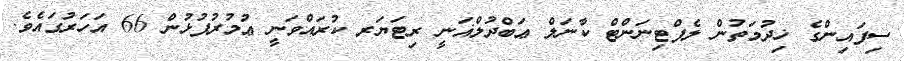
ސިފައިންގެ ޚިދުމަތުން ލެފްޓިނަންޓް ކާނަލް ޢަބްދުލްޣަނީ ރިޓަޔަރ ކުރައްވަނީ ޢުމުރުފުޅުން 66 އަހަރުގައެވެ.